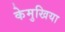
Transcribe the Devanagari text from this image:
केमुखिया